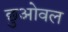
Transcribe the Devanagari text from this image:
छुओवल